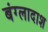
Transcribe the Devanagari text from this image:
बंग्लादाश